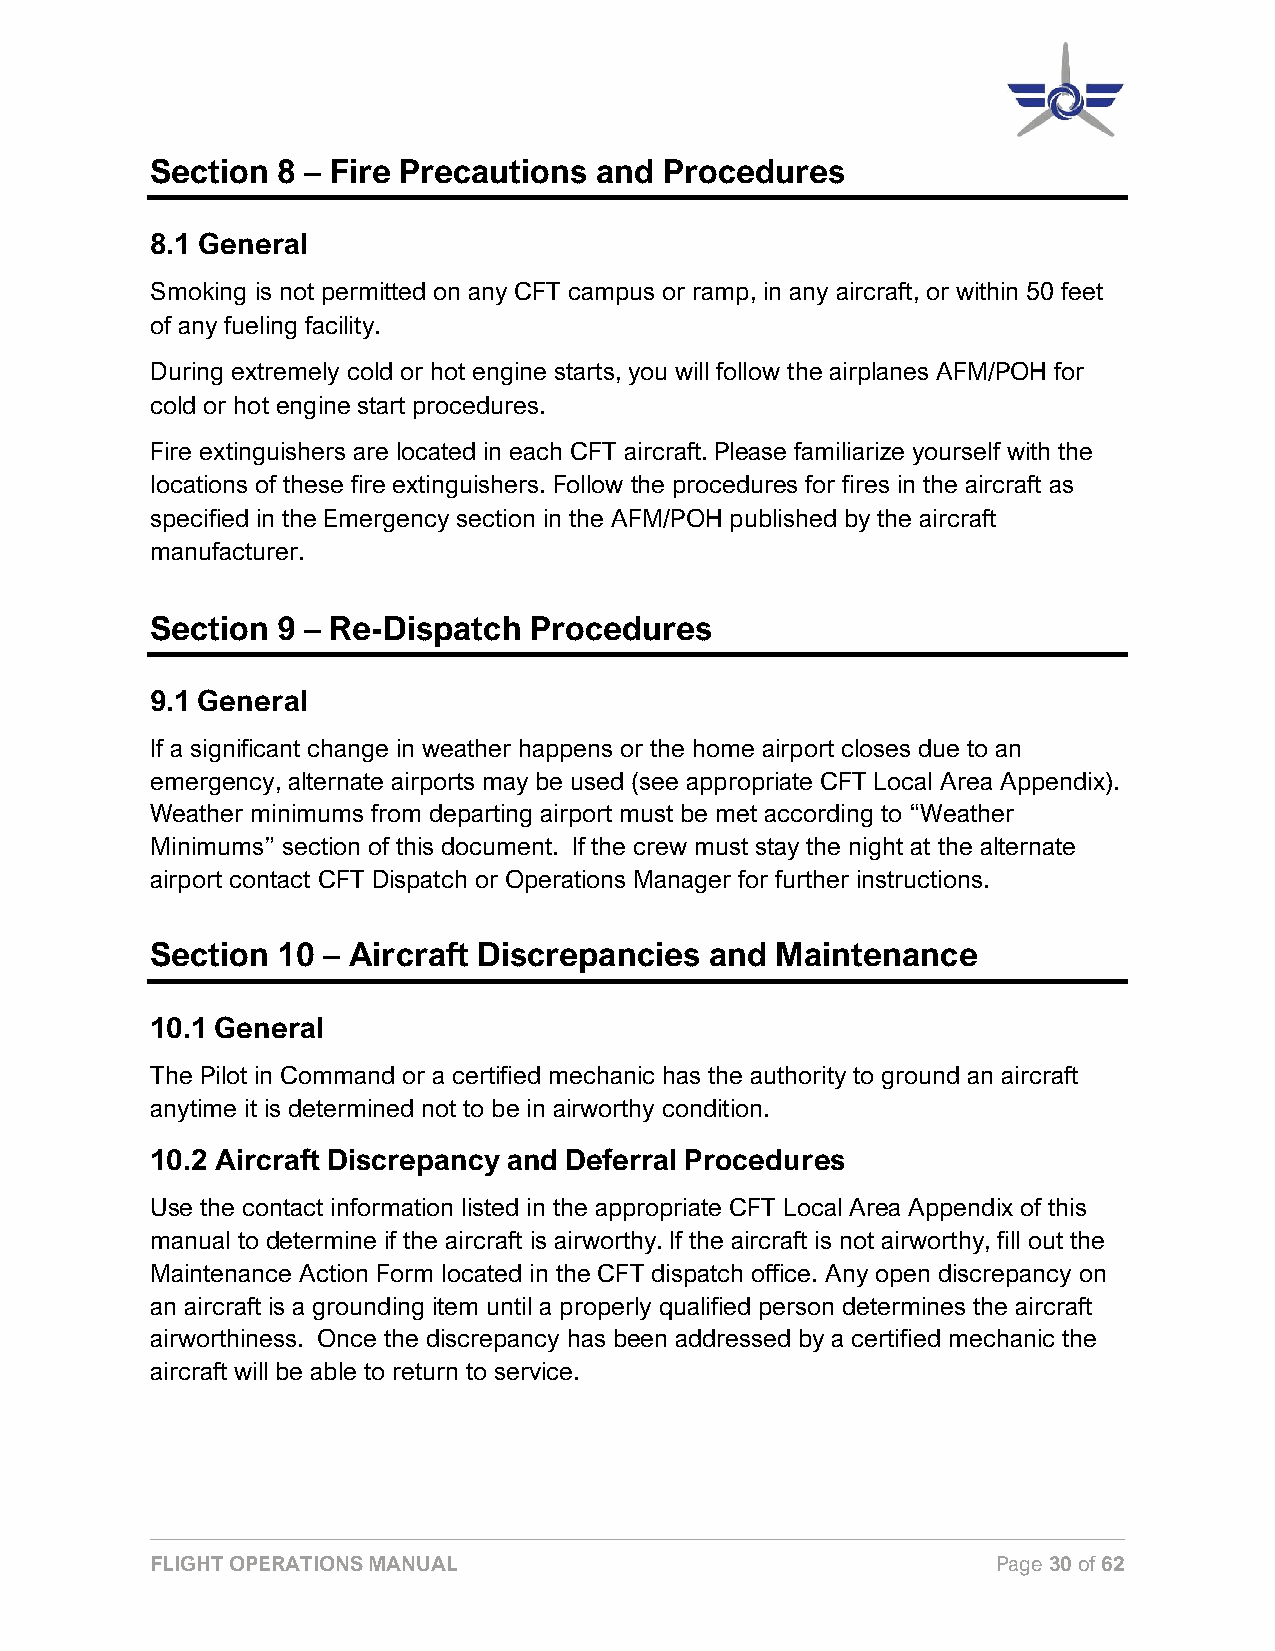
Section 8 – Fire Precautions and  Procedures
 8.1 General
 Smoking is not permitted on any CFT campus or ramp, in any aircraft, or within 50 feet
 of any fueling facility.
 During extremely cold or hot engine starts, you will follow the airplanes AFM/POH for
 cold or hot engine start procedures.
 Fire extinguishers are located in each CFT aircraft. Please familiarize yourself with the
 locations of these fire extinguishers. Follow the procedures for fires in the aircraft as
 specified in the Emergency section in the AFM/POH published by the aircraft
 manufacturer.
 Section 9 – Re-Dispatch  Procedures
 9.1 General
 If a significant change in weather happens or the home airport closes due to an
 emergency, alternate airports may be used (see appropriate CFT Local Area Appendix).
 Weather minimums from departing airport must be met according to “Weather
 Minimums” section of this document. If the crew must stay the night at the alternate
 airport contact CFT Dispatch or Operations Manager for further instructions.
 Section 10 – Aircraft Discrepancies  and Maintenance
 10.1 General
 The Pilot in Command or a certified mechanic has the authority to ground an aircraft
 anytime it is determined not to be in airworthy condition.
 10.2 Aircraft Discrepancy and Deferral Procedures
 Use the contact information listed in the appropriate CFT Local Area Appendix of this
 manual to determine if the aircraft is airworthy. If the aircraft is not airworthy, fill out the
 Maintenance Action Form located in the CFT dispatch office. Any open discrepancy on
 an aircraft is a grounding item until a properly qualified person determines the aircraft
 airworthiness. Once the discrepancy has been addressed by a certified mechanic the
 aircraft will be able to return to service.
 FLIGHT OPERATIONS MANUAL                                Page 30 of 62